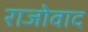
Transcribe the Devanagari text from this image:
राजोवाद